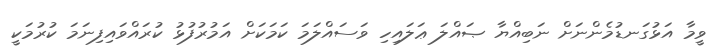
ވީމާ އަޅުގަނޑުމެންނަށް ނަބިއްޔާ ޞައްލަ ޢަލައިހި ވަސައްލަމަ ކަމަކަށް އަމުރުފުޅު ކުރައްވައިފިނަމަ ކުރުމަކީ